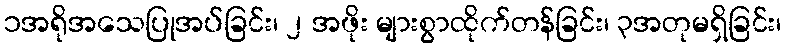
၁အရိုအသေပြုအပ်ခြင်း၊ ၂ အဖိုး များစွာထိုက်တန်ခြင်း၊ ၃အတုမရှိခြင်း၊